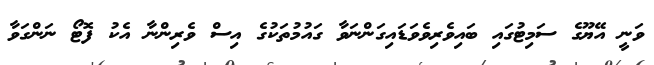
ވަނީ އޭޔޫގެ ސަމިޓުގައި ބައިވެރިވެވަޑައިގަންނަވާ ގައުމުތަކުގެ އިސް ވެރިންނާ އެކު ފޮޓޯ ނަަންގަވާ